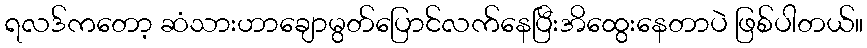
ရလဒ်ကတော့ ဆံသားဟာချောမွတ်ပြောင်လက်နေပြီးအိထွေးနေတာပဲ ဖြစ်ပါတယ်။